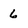
Character: 6